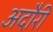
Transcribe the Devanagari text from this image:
अदौरी